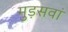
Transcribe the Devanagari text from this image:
मुड़सवां